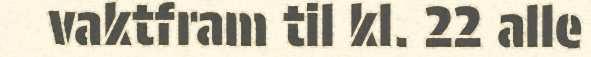
vaktfram til kl. 22 alle